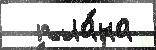
  пла́на